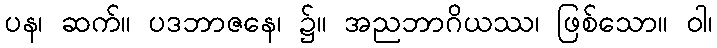
ပန၊ ဆက်။ ပဒဘာဇနေ၊ ၌။ အညဘာဂိယဿ၊ ဖြစ်သော။ ဝါ၊